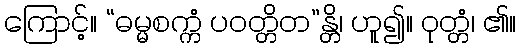
ကြောင့်။ “ဓမ္မစက္ကံ ပဝတ္တိတ”န္တိ၊ ဟူ၍။ ဝုတ္တံ၊ ၏။